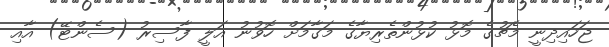
ޖަހައިދިނީ މެޗުގެ މޮޅު ކުޅުންތެރިޔާގެ މަގާމަށް ހޮވުނު އަލީ ފާސިރު (ސެންޓޭ) އާއި